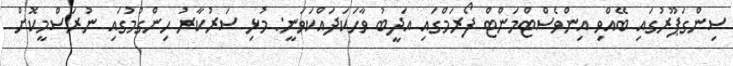
ސިންގަޕޫރުގައި ބޭއްވި އިންވެސްޓްމަންޓް ފޯރަމްގައި އަދީބު ވާހަކަދައްކަވަނީ: މުޅި ސަރުކާރު ހިންގުމުގައި ނުރަސްމީކޮށް